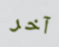
آخر